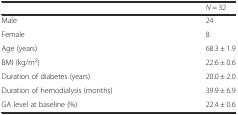
<table><thead><tr><td></td><td><b><i>N</i> = 32</b></td></tr></thead><tbody><tr><td>Male</td><td>24</td></tr><tr><td>Female</td><td>8</td></tr><tr><td>Age (years)</td><td>68.3 ± 1.9</td></tr><tr><td>BMI (kg/m<sup>2</sup>)</td><td>22.6 ± 0.6</td></tr><tr><td>Duration of diabetes (years)</td><td>20.0 ± 2.0</td></tr><tr><td>Duration of hemodialysis (months)</td><td>39.9 ± 6.9</td></tr><tr><td>GA level at baseline (%)</td><td>22.4 ± 0.6</td></tr></tbody></table>